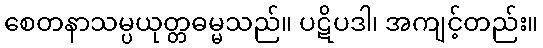
စေတနာသမ္ပယုတ္တဓမ္မသည်။ ပဋိပဒါ၊ အကျင့်တည်း။